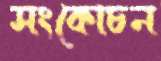
সংকোচন